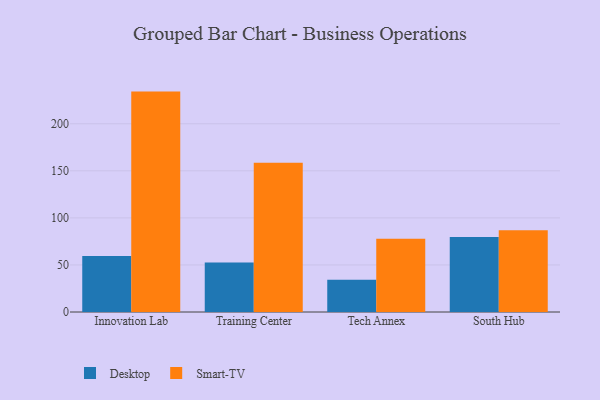
{"axis": {"x": "Campus", "y": "Waste Production (Tons)"}, "legend": ["Desktop", "Smart-TV"], "data": [{"x": "Innovation Lab", "y": 59.5, "type": "Desktop"}, {"x": "Innovation Lab", "y": 234.2, "type": "Smart-TV"}, {"x": "Training Center", "y": 52.6, "type": "Desktop"}, {"x": "Training Center", "y": 158.7, "type": "Smart-TV"}, {"x": "Tech Annex", "y": 34.2, "type": "Desktop"}, {"x": "Tech Annex", "y": 77.8, "type": "Smart-TV"}, {"x": "South Hub", "y": 79.6, "type": "Desktop"}, {"x": "South Hub", "y": 86.9, "type": "Smart-TV"}]}